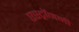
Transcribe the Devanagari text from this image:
एस्‍ट्रॉनमी